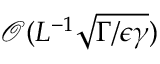
\mathcal O ( L ^ { - 1 } \sqrt { \Gamma / \epsilon \gamma } )